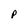
Character: p